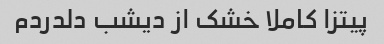
پیتزا کاملا خشک از دیشب دلدردم